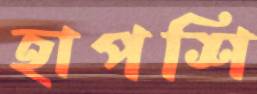
হাপশি